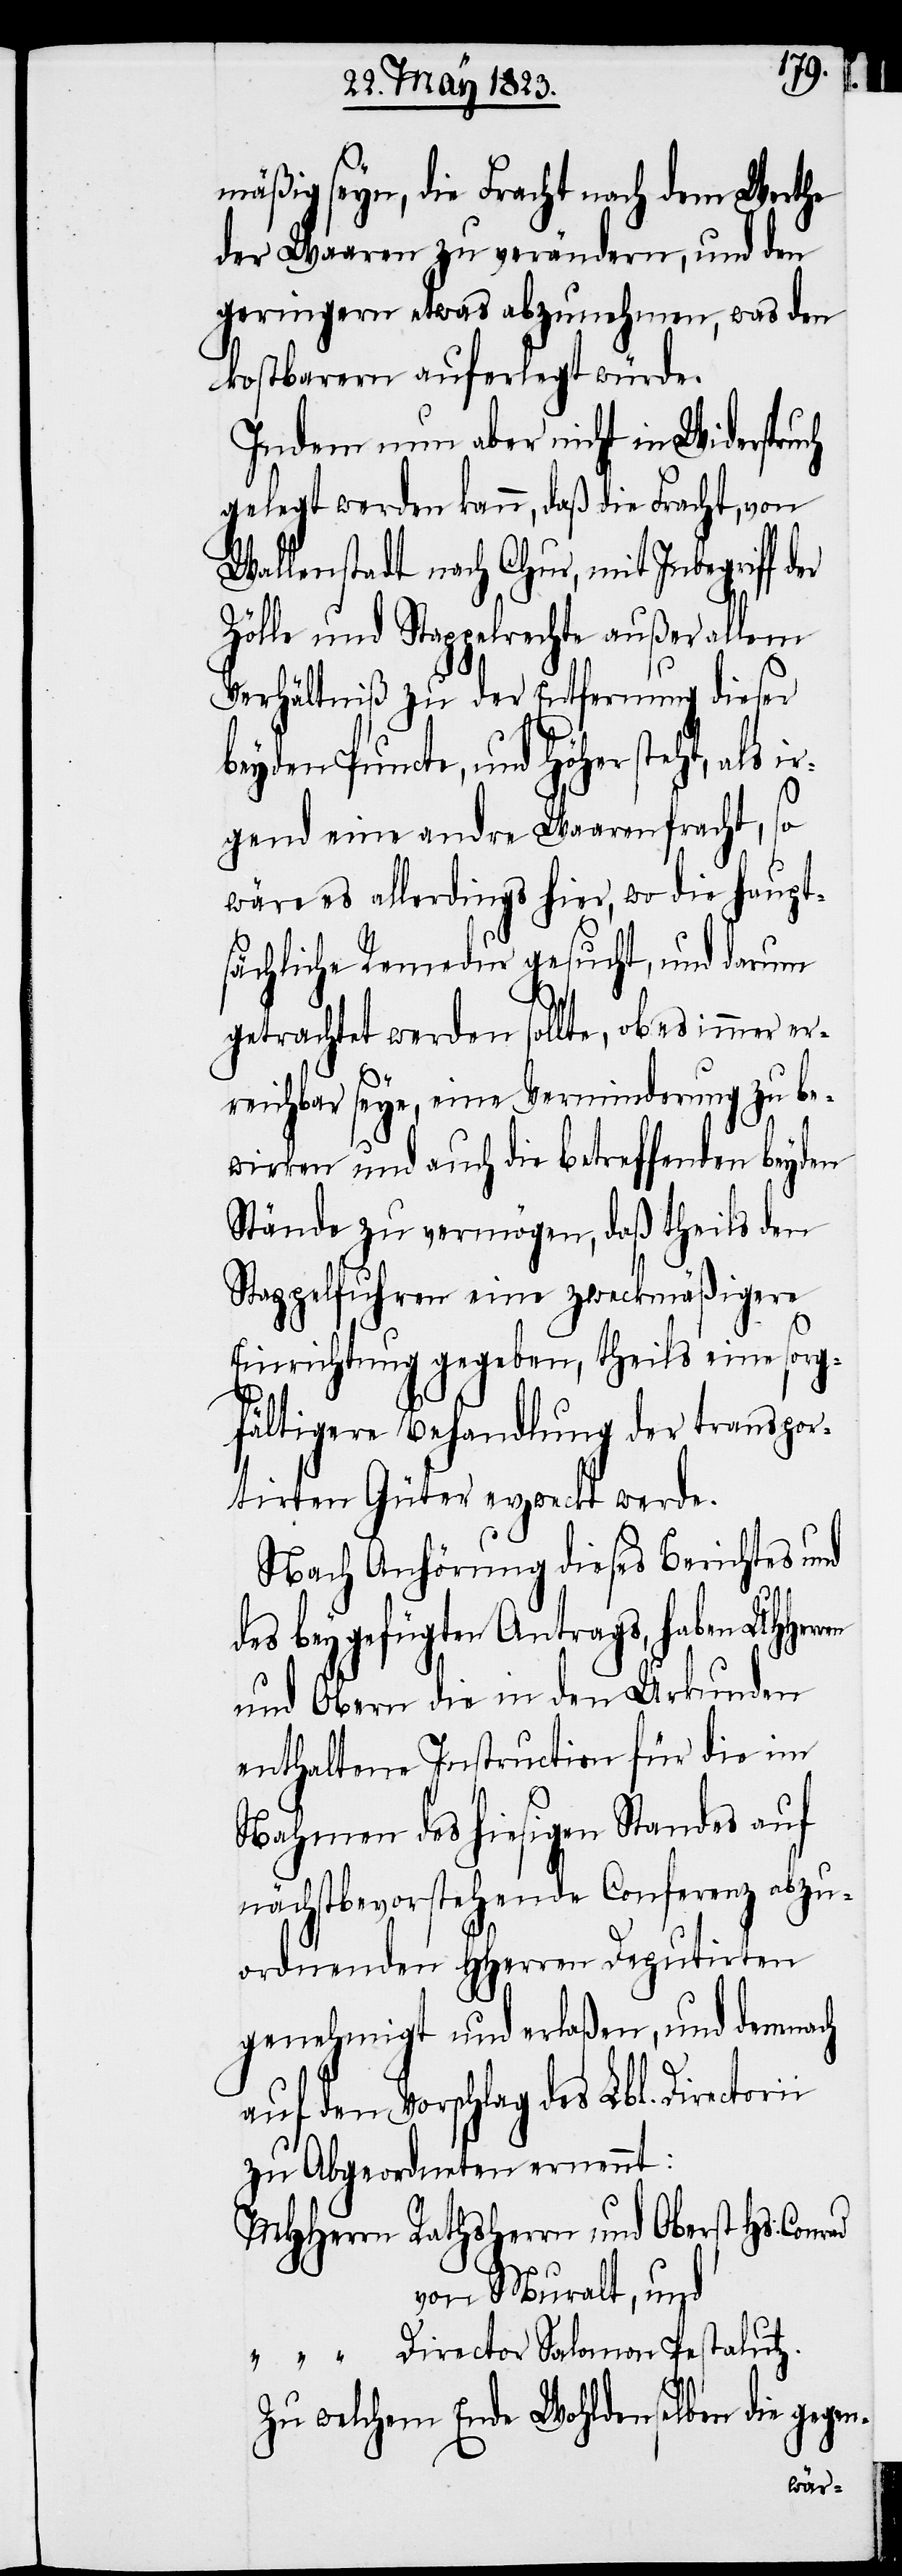
mäßig seyn, die Fracht nach dem Werthe
der Waaren zu verändern, und den
geringern etwas abzunehmen, was den
kostbarern auferlegt würde.
Indem nun aber nicht in Widerspruch
gelegt werden kann, daß die Fracht, von
Wallenstadt nach Chur, mit Inbegriff der
Zölle und Stappelrechte außer allem
Verhältniß zu der Entfernung dieser
beyden Puncte, und höher steht, als i¬
rgend eine andre Waarenfracht, so
wäre es allerdings hier, wo die haupt¬
sächliche Remedur gesucht, und darum
getrachtet werden sollte, ob es immer er¬
reichbar seye, eine Verminderung zu be¬
wirken und auch die betreffenden beyden
Stände zu vermögen, daß theils den
Stappelfuhren eine zweckmäßigere
Einrichtung gegeben, theils eine sorg¬
fältigere Behandlung der transpor¬
tirten Güter erzweckt werde.
Nach Anhörung dieses Berichtes und
des beygefügten Antrags, haben UHHer¬
und Obern die in den Urkunden
enthaltene Instruction für die im
Nahmen des hiesigen Standes auf
nächstbevorstehende Conferenz abzu¬
ordnenden HHerren Deputirten
genehmigt und erlaßen, und demnach
auf den Vorschlag des Lbl. Direc¬
zu Abgeordneten ernennt:
von Muralt, und
Director Salomon Pestalutz.
Zu welchem Ende Wohldenselben die gegen-

Conrad